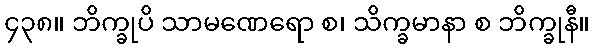
၄၃၈။ ဘိက္ခုပိ သာမဏေရော စ၊ သိက္ခမာနာ စ ဘိက္ခုနီ။